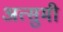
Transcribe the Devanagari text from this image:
अत्सुमी